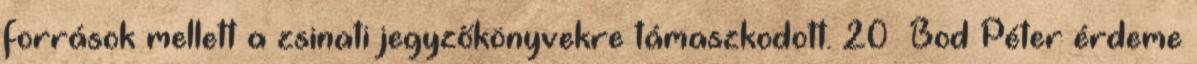
források mellett a zsinati jegyzőkönyvekre támaszkodott. 20 Bod Péter érdeme